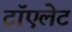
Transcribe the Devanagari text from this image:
टॉएलेट